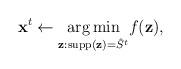
LaTeX: \begin{align*} \mathbf x^{t}\gets \underset{\mathbf z : \operatorname{supp}(\mathbf z) = \hat{S}^{t}}{\arg \min} f(\mathbf z),\end{align*}